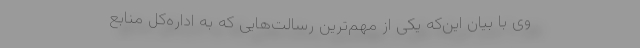
وی با بیان این‌که یکی از مهم‌ترین رسالت‌هایی که به اداره‌کل منابع